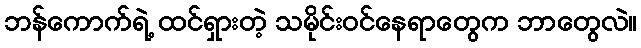
ဘန်ကောက်ရဲ့ ထင်ရှားတဲ့ သမိုင်းဝင်နေရာတွေက ဘာတွေလဲ။